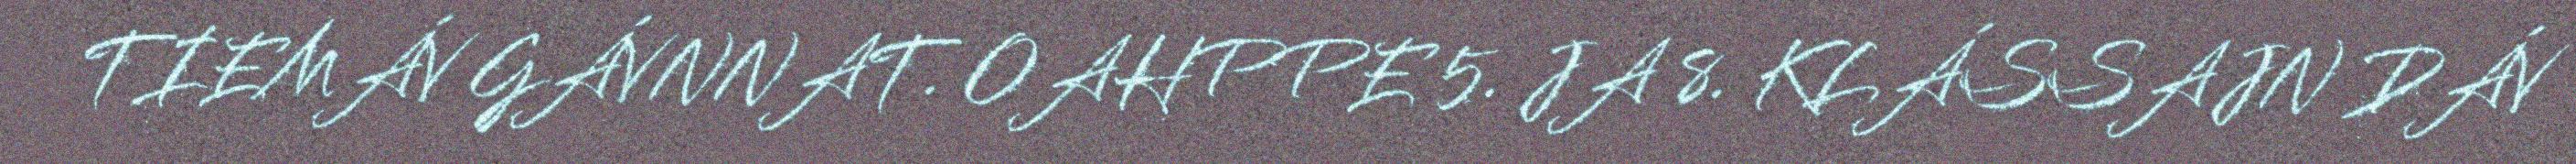
TIEMÁV GÁVNNAT. OAHPPE 5. JA 8. KLÁSSAJN DÁV